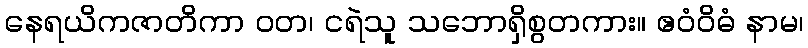
နေရယိကဇာတိကာ ဝတ၊ ငရဲသူ သဘောရှိစွတကား။ ဧဝံဝိဓံ နာမ၊